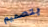
بتصميم